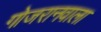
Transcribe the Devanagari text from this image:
गोजरानवाला